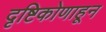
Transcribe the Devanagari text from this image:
दृष्टिकोणाहून